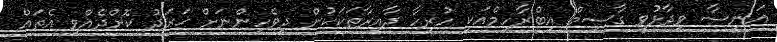
އަނީސާ ވިދާޅުވީ ގާސިމް އިބްރާހިމްއަކީ ހުރިހާ ދާއިރާތަކަކުން ދިވެހިންނަށް ޚަރަދު ކޮށްދެއްވި އެތައް